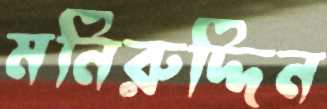
মনিরুদ্দিন